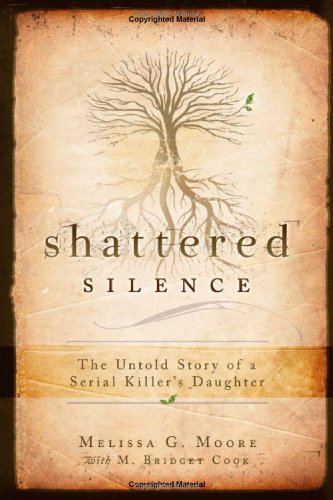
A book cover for Shattered Silence: The Untold Story of a Serial Killer's Daughter; Melissa G. Moore; Biographies & Memoirs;